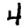
Digit: 4